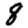
Digit: 8